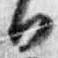
日